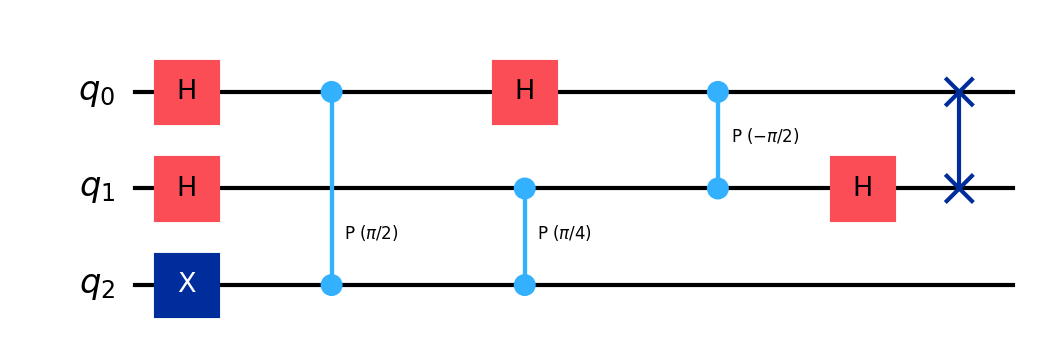
Description: Quantum Phase Estimation (3-qubit)
描述: 量子相位估计（3量子比特）
Category: classical_algorithms (difficulty: advanced)
Qubits: 3, circuit depth: 6

Braket implementation:
import math
from braket.circuits import Circuit
circuit = Circuit()
circuit.x(2)
circuit.h(0).h(1)
circuit.cphaseshift(0, 2, math.pi / 2)
circuit.cphaseshift(1, 2, math.pi / 4)
circuit.h(0).cphaseshift(1, 0, -math.pi / 2).h(1)
circuit.swap(0, 1)